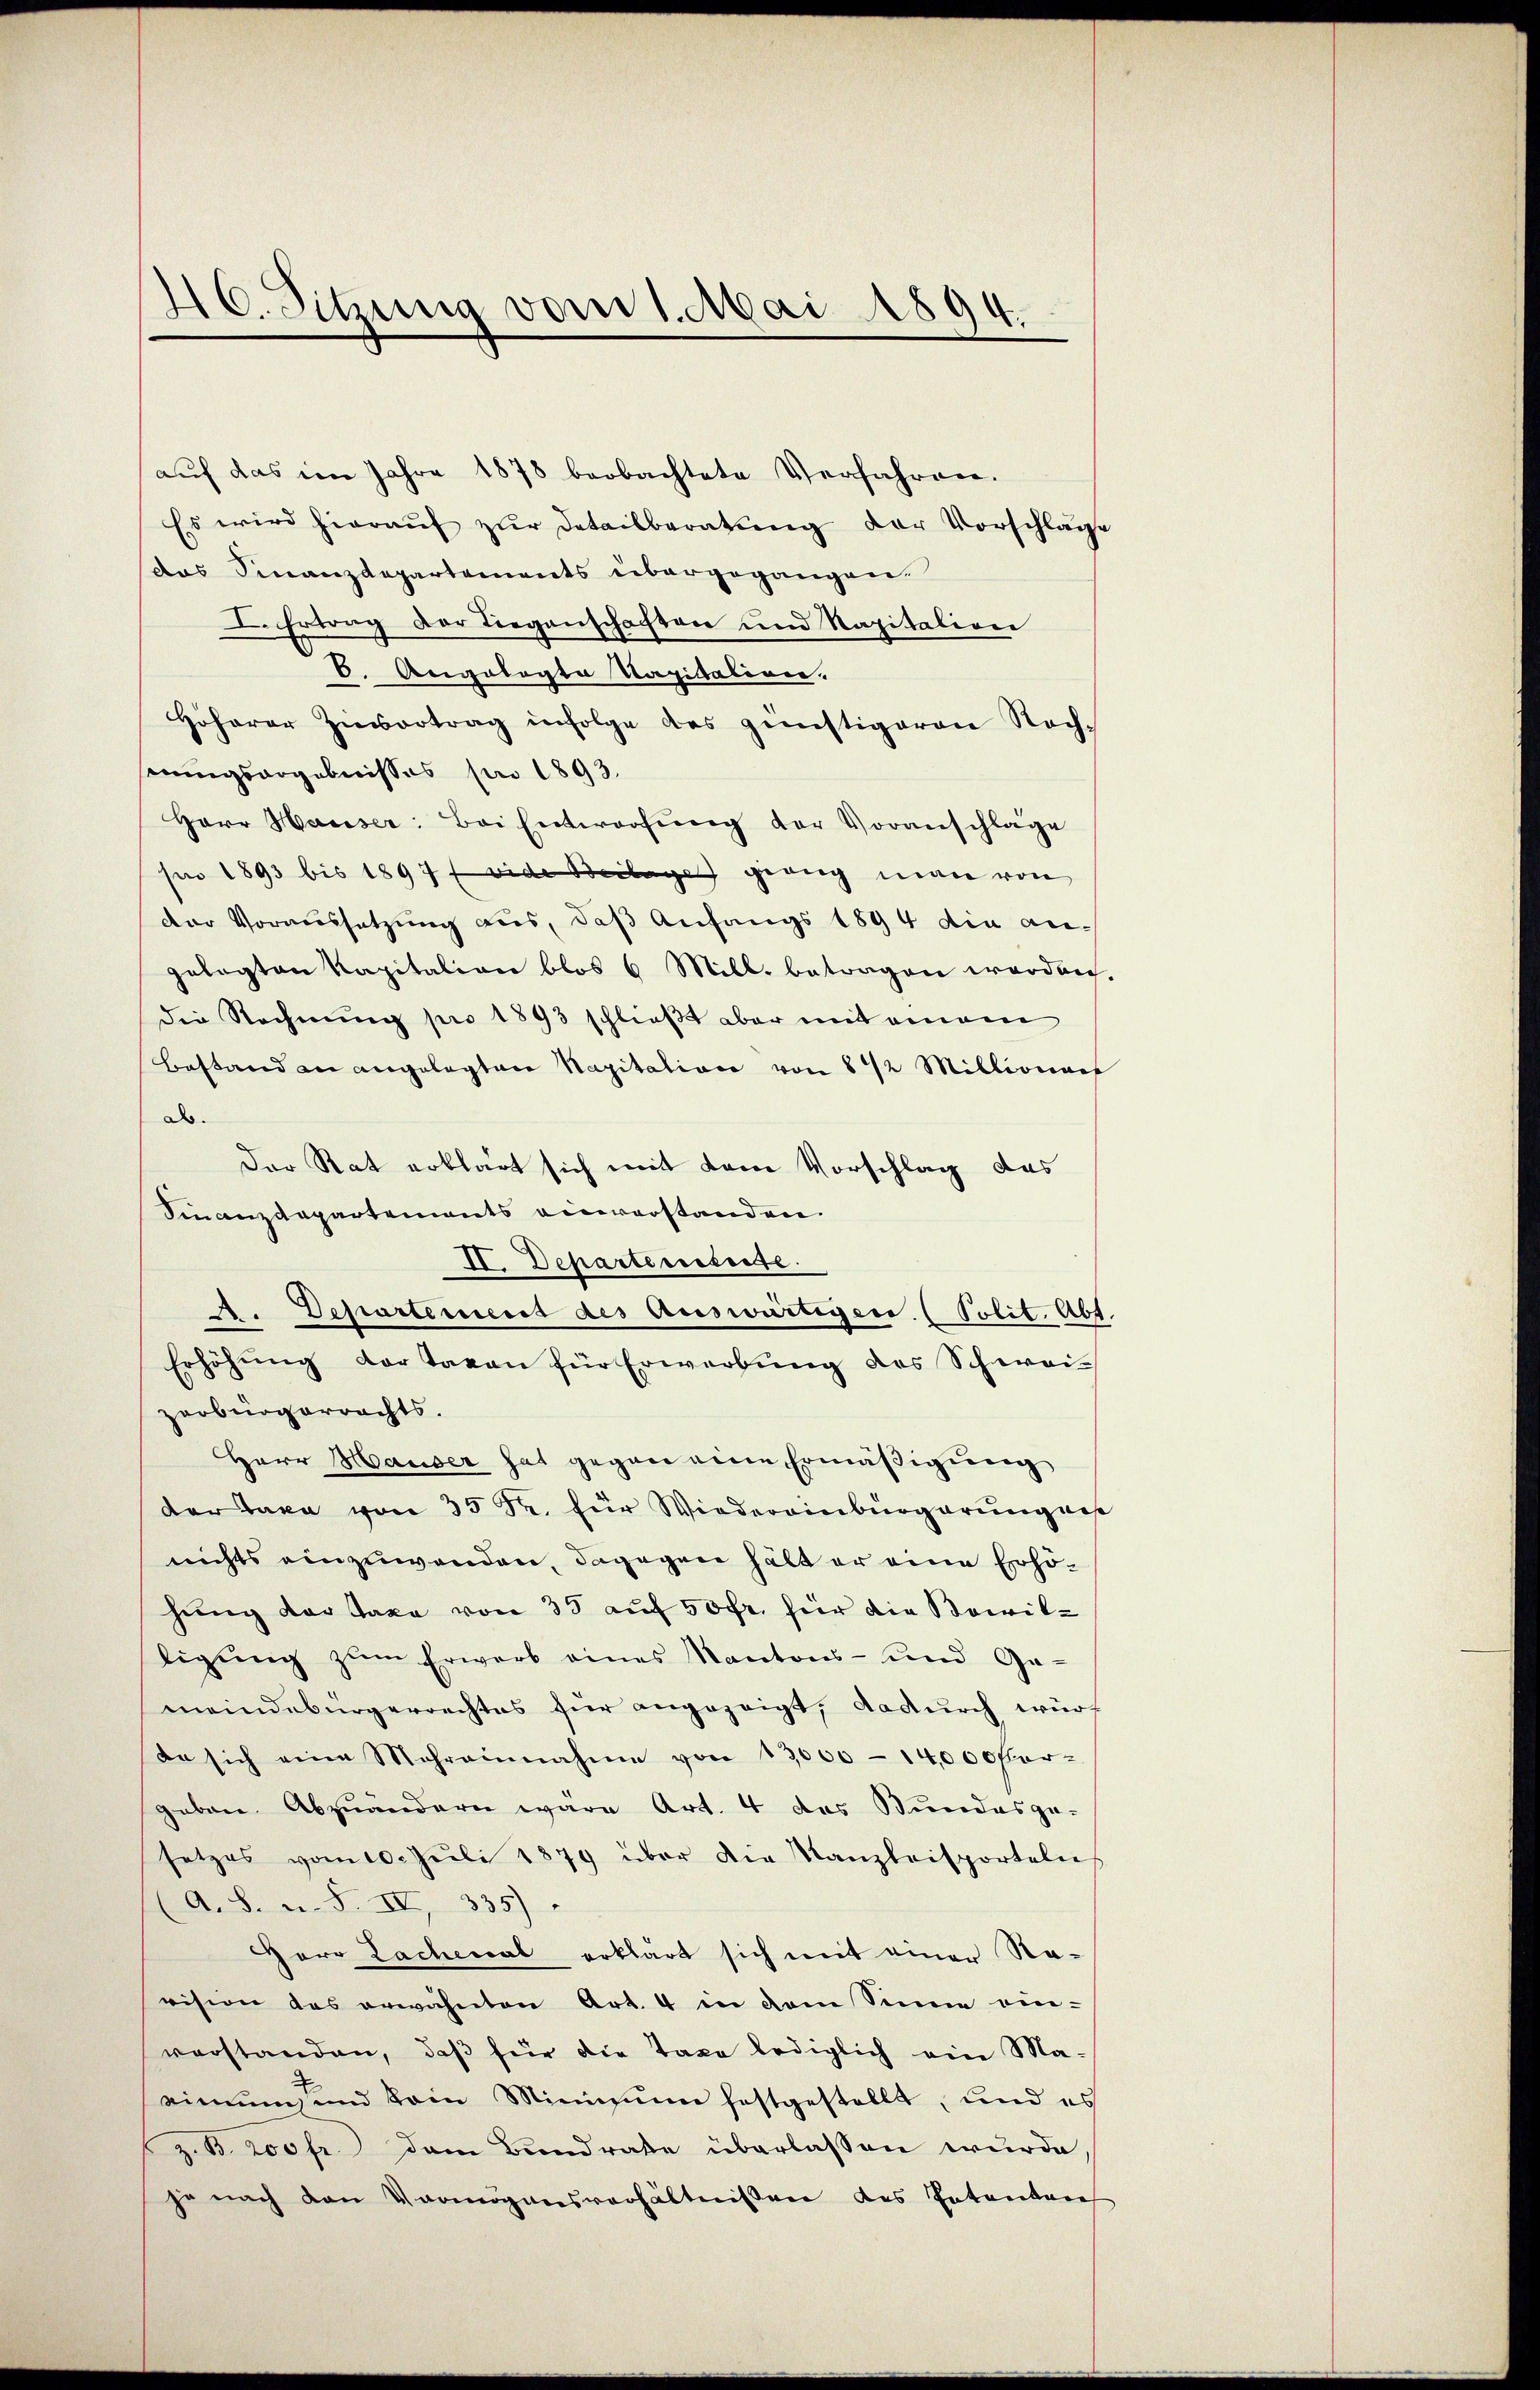
46. Sitzung vom 1. Mai 1894.

aŭf das im Jahre 1878 beobachtete Verfahren.
Es wird hieraŭf zŭr Detailberatŭng der Vorschläge
das Finanzdepartements übergegangen.
I. Ertrag der Liegenschaften und Kapitalion
6. Angelegte Kapitaliren.
Hoharer Zievertrag infolge des günstigeren Rech-
serungsorgebnisses pro 1893.
Herr Hauser: Bei Entwerfung der Voranschläge
pro 1893 bis 1897 f wide Beilage grang man von
der Voraussetzung aus, daß Anfangs 1894 die angelegten Kapitalien blos 6 Mill. betragen worden.
die Rechnung pro 1893 schließt aber mit einem
Bestand an angelegten Nagitation von 8 1/2 Millionaes
als.
Der Rat erklärt sich mit dem Vorschlag das
Finanzdepartements einverstanden.
d
II. Departeiseiste.
A. Departement des Auswärtiger (Polit. Abt.
Erhöhŭng der Taxen für Erwerbŭng des Schweizerbürgerrachts.
Herr Hauser hat gegen eine Ermäßigung
der Taxa von 35 Fr. für Wiedereinbürgerung des
nichts einzuwenden, dagegen hält er eine Erhöhung der Taxa von 35 auf 50 fr. für die Boivilligŭng zŭm Erwarb eines Kantons- und Ge-
meindebürgerrechtes für angezeigt, dadurch würf
da sich eine Mehreinnahme von 13000 - 14,000 for-
geben abzuändern wäre Art. 4 das Bundesge-
setzes vom 10. Juli 1879 über die Kanzleisporteln
(A. S. u. F. IV, 335)
Herr Lachenal erklärt sich mit einer Stavision des erwähnten Art. 4 in dem Sinne ein-
verstanden, daß für die Taxe lediglich ein Ma-
einmens und kein Minimum festgestellt, und es
z. B. 200 fr. dem Bundrate überlassen wurde
je nach den Vermögensverhältnissen des Intenten